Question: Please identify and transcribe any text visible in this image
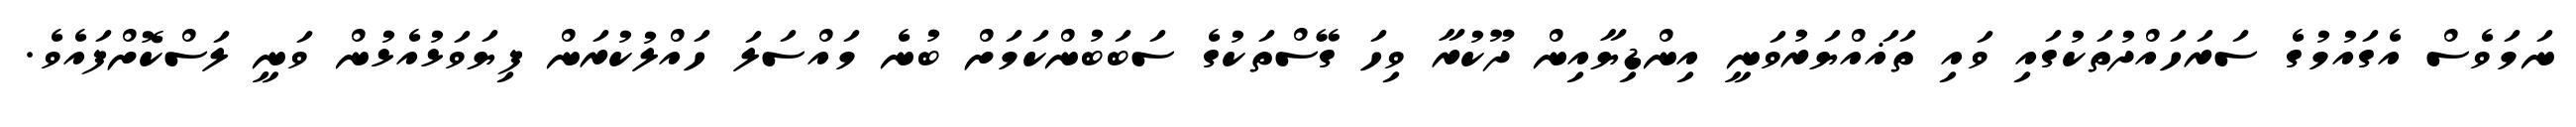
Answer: ނަމަވެސް އެގައުމުގެ ސަރަހައްދުތަކުގައި ވައި ތަޣައްޔަރުވަނީ އިންޑިޔާއިން ދޫކުރާ ވިހަ ގޭސްތަކުގެ ސަބަބުންކަމަށް ބުނެ މައްސަލަ ހައްލުކުރަން ފިޔަވަޅުއެޅުން ވަނީ ލަސްކޮށްފައެވެ.